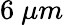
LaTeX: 6~\mu m